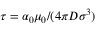
\tau = \alpha _ { 0 } \mu _ { 0 } / ( 4 \pi D \sigma ^ { 3 } )